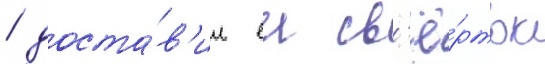
/ доста́в'ил еи св'ё́рток